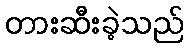
တားဆီးခဲ့သည်